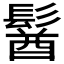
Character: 𩮈